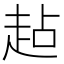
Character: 趈